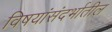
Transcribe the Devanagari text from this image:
विषयांसंदर्भातील